Report of the Bombay Veterinary College
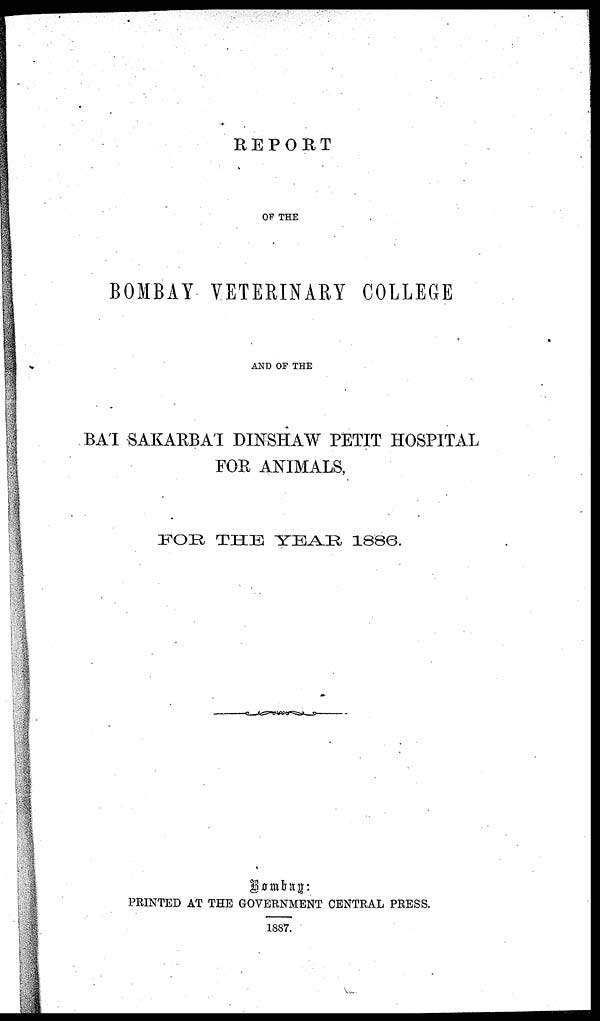
REPORT
OF THE
BOMBAY VETERINARY COLLEGE
AND OF THE
BA'I SAKARBA'I DINSHAW PETIT HOSPITAL
FOR ANIMALS,
FOR THE YEAR- 1886.
Bombay:
PRINTED AT THE GOVERNMENT CENTRAL PRESS.
1887.